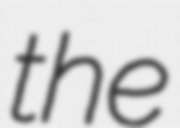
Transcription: the